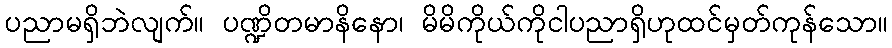
ပညာမရှိဘဲလျက်။ ပဏ္ဍိတမာနိနော၊ မိမိကိုယ်ကိုငါပညာရှိဟုထင်မှတ်ကုန်သော။